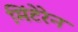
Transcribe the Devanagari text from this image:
मिंटेरेन